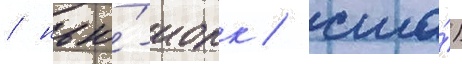
/ нью́-иорк / сша́)